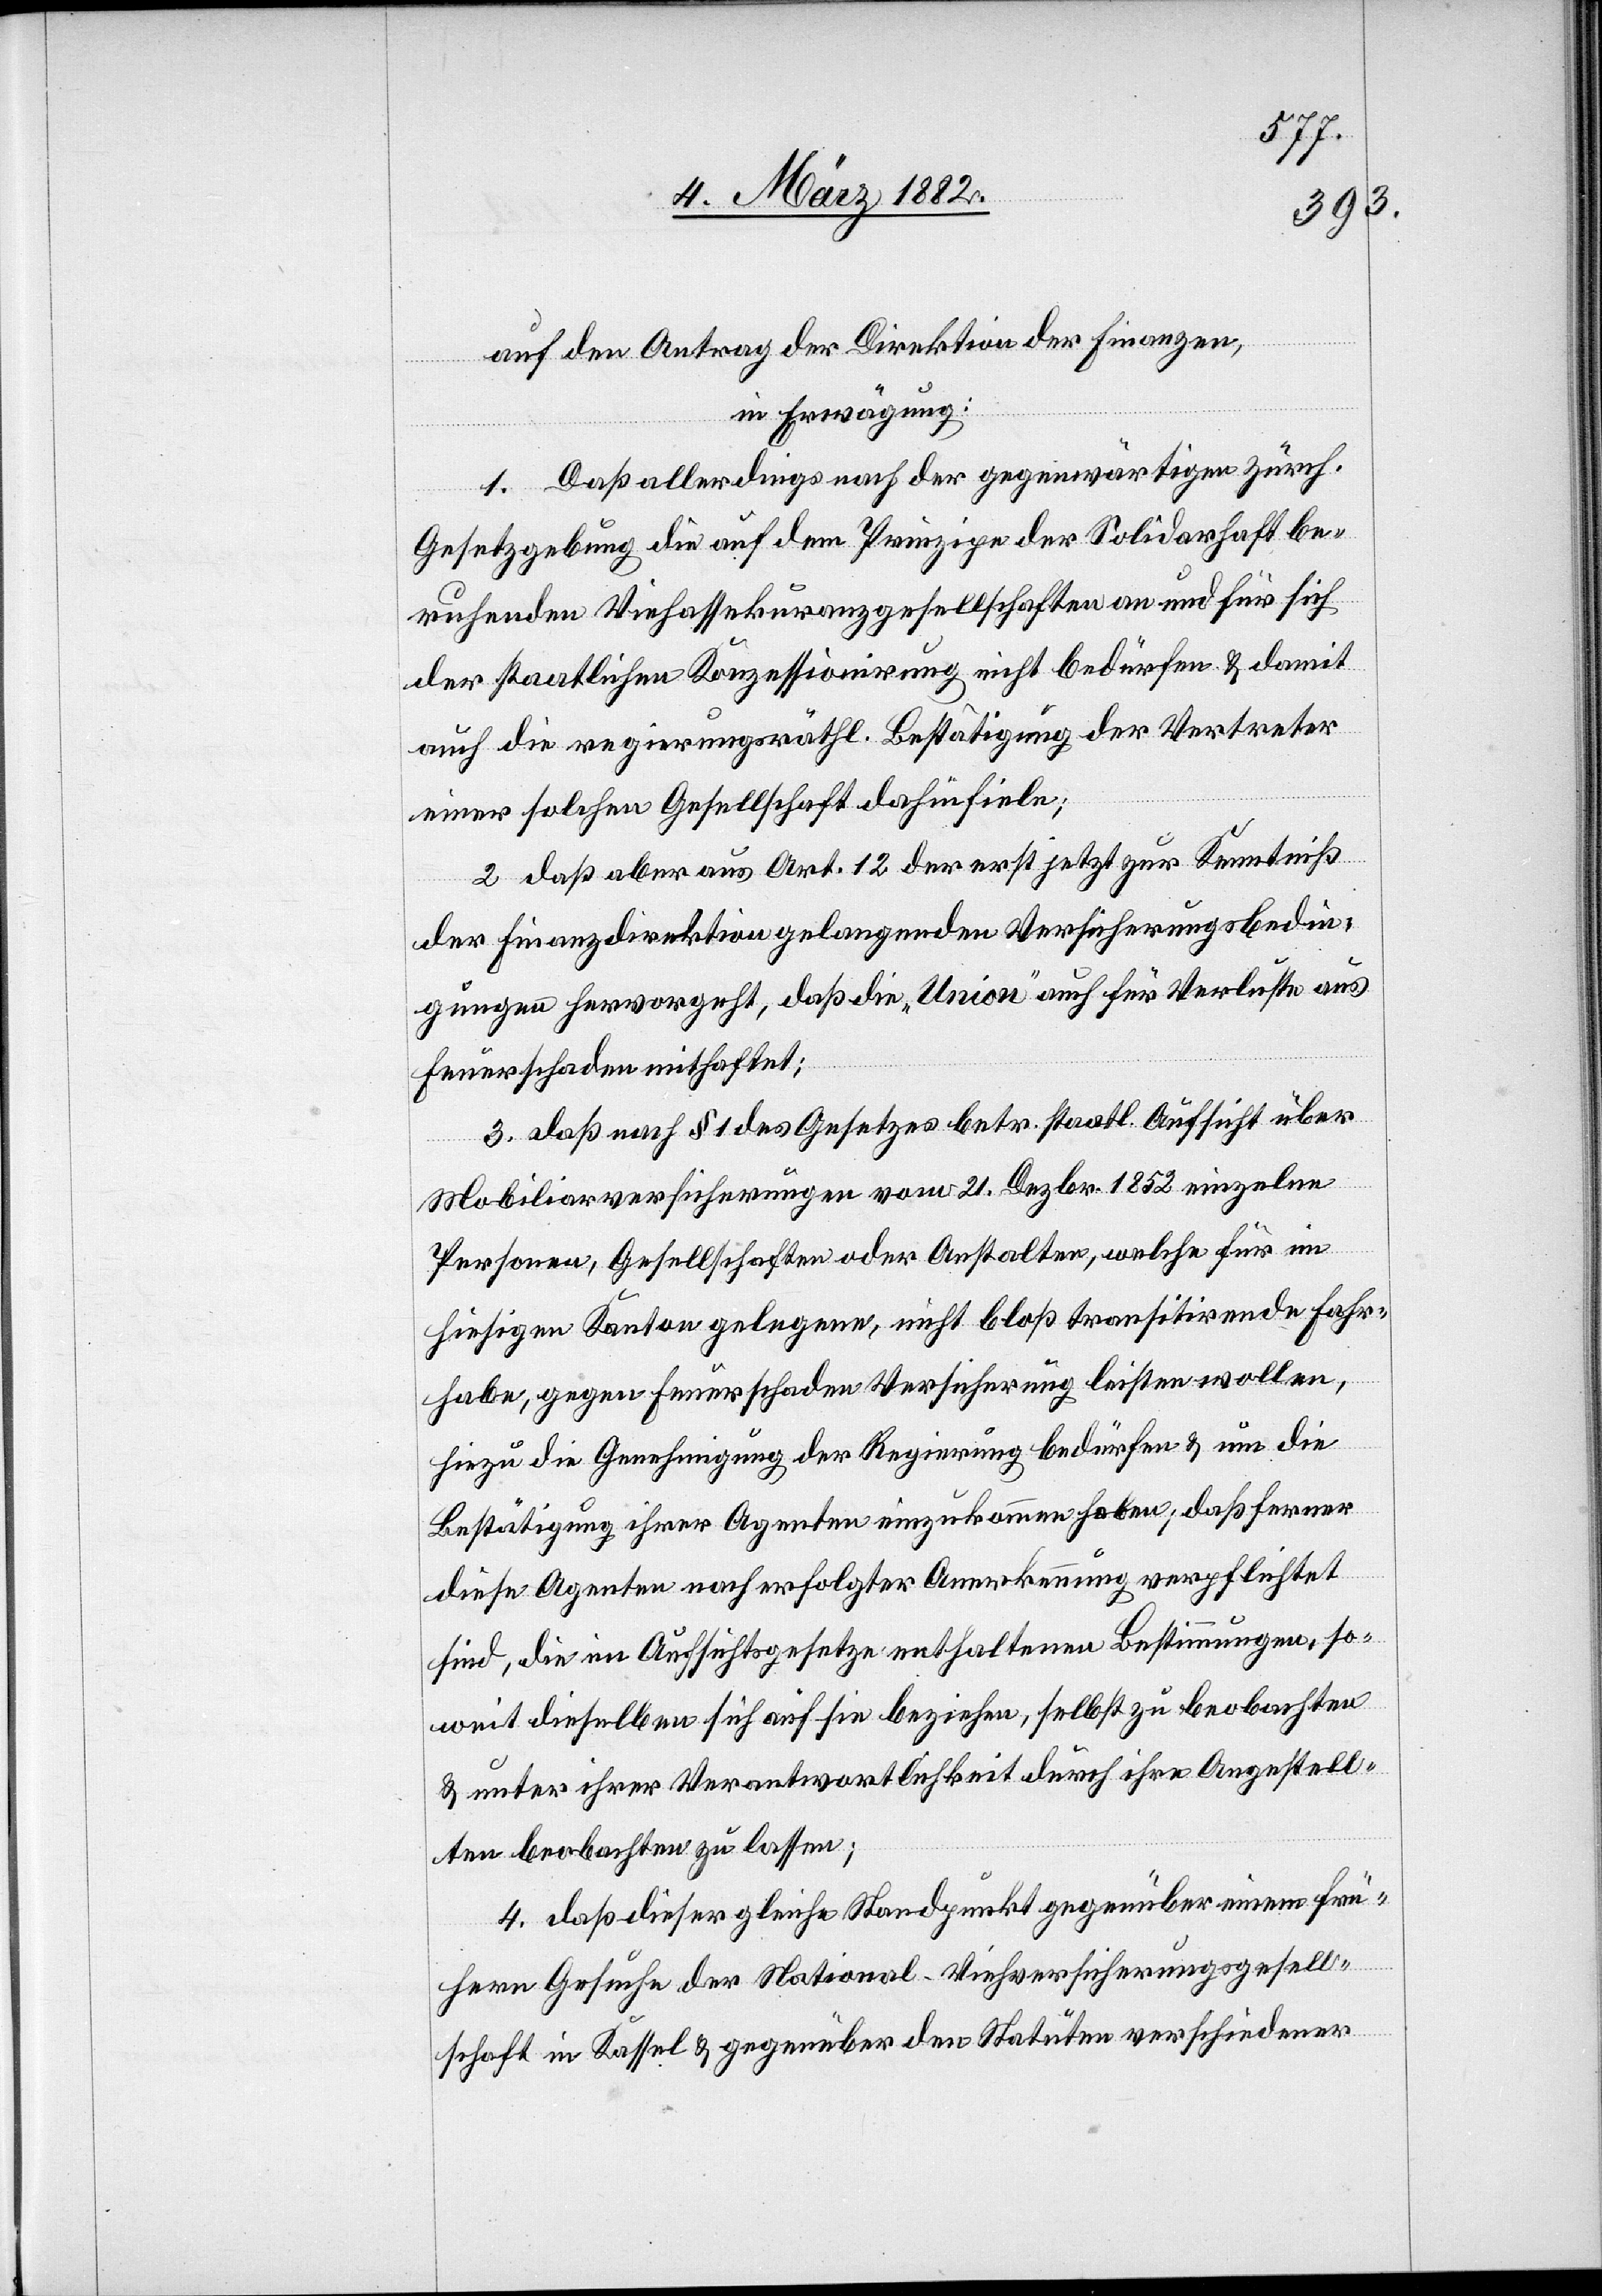
auf den Antrag der Direktion der Finanzen,
in Erwägung:
1. Daß allerdings nach der gegenwärtigen zürch.
Gesetzgebung die auf dem Prinzipe der Solidarhaft be¬
ruhenden Viehassekuranzgesellschaft an und für sich
der staatlichen Konzessionirung nicht bedürfen & damit
auch die regierungsräthl. Bestätigung der Vertreter
einer solchen Gesellschaft dahinfielen;
2. daß aber aus Art. 12 der erst jetzt zur Kenntniß
der Finanzdirektion gelangenden Versicherungsbedin¬
gungen hervorgeht, daß die „Union“ auch für Verluste aus
Feuerschaden mithaftet;
3. da nach § 1 des Gesetzes betr. staatl. Aufsicht über
Mobiliarversicherungen vom 21. Dezbr. 1852 einzelne
Personen, Gesellschaften oder Anstalten, welche für in
hiesigen Kanton gelegene, nicht bloß transitirende Fahr¬
habe, gegen Feuerschaden Versicherung leisten wollen,
hiezu die Genehmigung der Regierung bedürfen & um die
Bestätigung ihrer Agenten einzukommen haben; daß ferner
diese Agenten nach erfolgter Anerkennung verpflichtet
sind, die im Aufsichtsgesetze enthaltenen Bestimmungen, so¬
weit dieselben sich auf sie beziehen, selbst zu beobachten
& unter ihrer Verantwortlichkeit durch ihre Angestell¬
ten beobachten zu lassen;
4. daß dieser gleiche Standpunkt gegenüber einem frü¬
heren Gesuche der National-Versicherungsgesell¬
schaft in Kassel & gegenüber den Statuten verschiedener